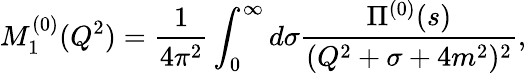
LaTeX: M_{1}^{(0)}(Q^{2})=\frac{1}{4\pi^{2}}\int_{0}^{\infty}d\sigma\frac{\Pi^{(0)}(s)}{(Q^{2}+\sigma+4m^{2})^{2}},